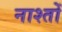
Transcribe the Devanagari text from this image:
नाश्तों